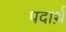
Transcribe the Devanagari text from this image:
पदार्थ़